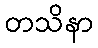
တသိနာ